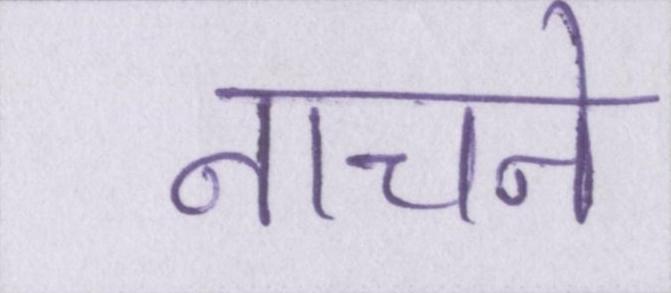
नाचने